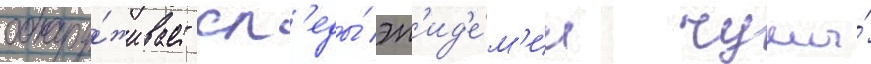
обнару́живает сл'еды́ эп'ид'е́м'ии чумы́